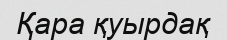
Қара қуырдақ